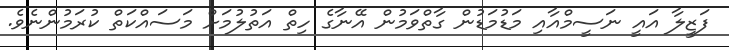
ފަޒީލާ އައީ ނަސީމްއާއި މަޑުމަޑުން ގާތްވަމުން އޭނާގެ ހިތް އަތުލުމަށް މަސައްކަތް ކުރަމުންނެވެ.